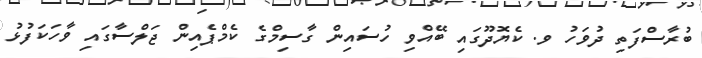
ބުރާސްފަތި ދުވަހު ވ. ކެޔޮދޫގައި ބޭއްވި ހުސައިން ގާސިމްގެ ކެމްޕެއިން ޖަލްސާގައި ވާހަކަފުޅު